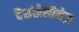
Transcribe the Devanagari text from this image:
वैसोप्रेसीनेज़